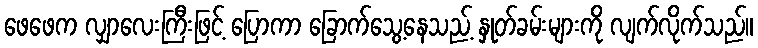
ဖေဖေက လျှာလေးကြီးဖြင့် ပြောကာ ခြောက်သွေ့နေသည့် နှုတ်ခမ်းများကို လျက်လိုက်သည်။